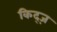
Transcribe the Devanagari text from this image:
किद्ज़